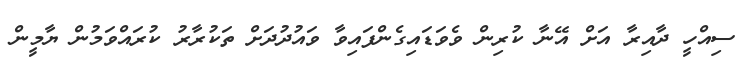
ސިއްހީ ދާއިރާ އަށް އޭނާ ކުރިން ވެވަޑައިގެންފައިވާ ވައުދުދަށް ތަކުރާރު ކުރައްވަމުން ޔާމީން